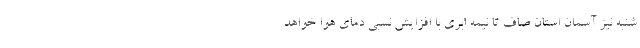
شنبه نیز آسمان استان صاف تا نیمه ابری با افزایش نسبی دمای هوا خواهد